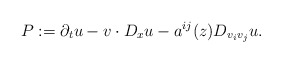
\begin{align*} P: = \partial_t u - v \cdot D_x u - a^{i j} (z) D_{v_i v_j} u.\end{align*}